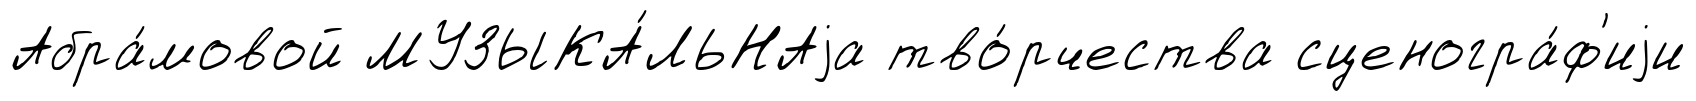
Абра́мовой МУЗЫКА́ЛЬНАjа тво́рчества сценогра́ф'иjи